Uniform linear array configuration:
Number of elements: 8
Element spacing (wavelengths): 0.25
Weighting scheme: binomial
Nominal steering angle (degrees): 30
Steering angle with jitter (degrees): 31.43
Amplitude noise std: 0.05
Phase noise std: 0.05

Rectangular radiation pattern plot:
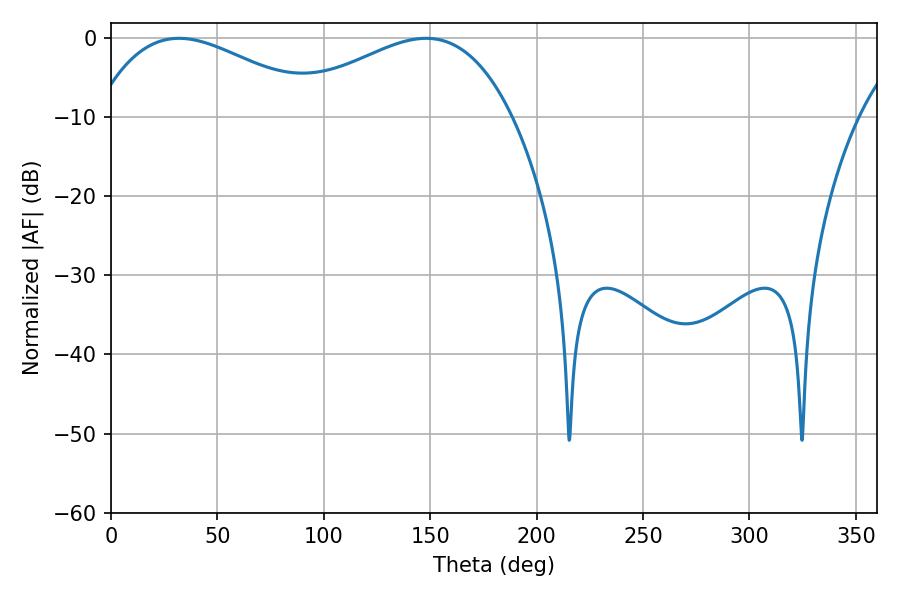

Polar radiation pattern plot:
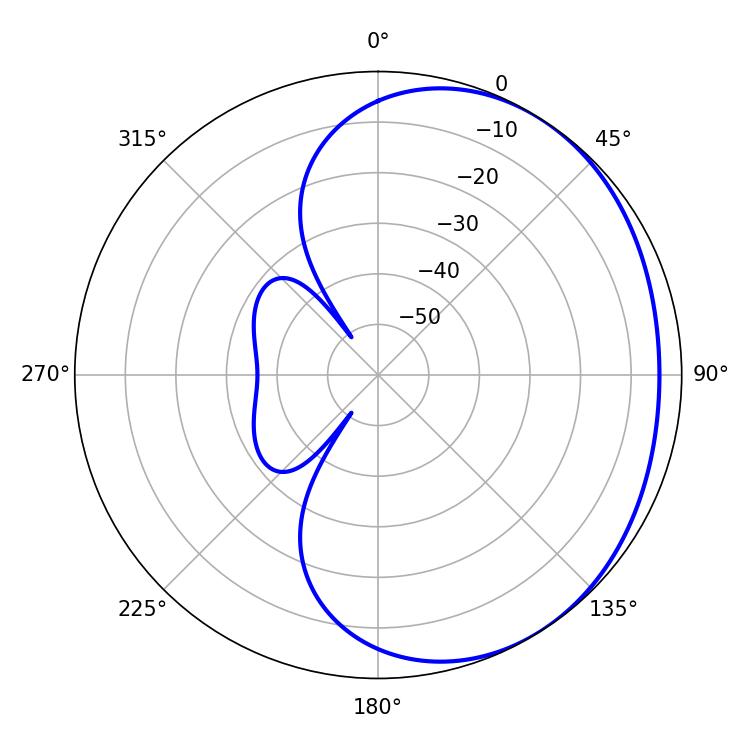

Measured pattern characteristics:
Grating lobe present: FALSE
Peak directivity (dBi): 2.037
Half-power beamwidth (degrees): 58.5
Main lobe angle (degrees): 32.04